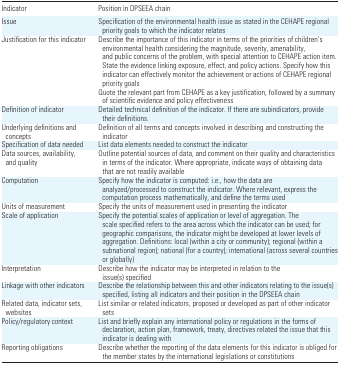
<table><thead><tr><td><b>Indicator</b></td><td><b>Position in DPSEEA chain</b></td></tr></thead><tbody><tr><td>Issue</td><td>Specification of the environmental health issue as stated in the CEHAPE regional priority goals to which the indicator relates</td></tr><tr><td>Justification for this indicator</td><td>Describe the importance of this indicator in terms of the priorities of children’s environmental health considering the magnitude, severity, amenability, and public concerns of the problem, with special attention to CEHAPE action item. State the evidence linking exposure, effect, and policy actions. Specify how this indicator can effectively monitor the achievement or actions of CEHAPE regional priority goalsQuote the relevant part from CEHAPE as a key justification, followed by a summary of scientific evidence and policy effectiveness</td></tr><tr><td>Definition of indicator</td><td>Detailed technical definition of the indicator. If there are subindicators, provide their definitions.</td></tr><tr><td>Underlying definitions and concepts</td><td>Definition of all terms and concepts involved in describing and constructing the indicator</td></tr><tr><td>Specification of data needed</td><td>List data elements needed to construct the indicator</td></tr><tr><td>Data sources, availability, and quality</td><td>Outline potential sources of data, and comment on their quality and characteristics in terms of the indicator. Where appropriate, indicate ways of obtaining data that are not readily available</td></tr><tr><td>Computation</td><td>Specify how the indicator is computed: i.e., how the data are analyzed/processed to construct the indicator. Where relevant, express the computation process mathematically, and define the terms used</td></tr><tr><td>Units of measurement</td><td>Specify the units of measurement used in presenting the indicator</td></tr><tr><td>Scale of application</td><td>Specify the potential scales of application or level of aggregation. The scale specified refers to the area across which the indicator can be used; for geographic comparisons, the indicator might be developed at lower levels of aggregation. Definitions: local (within a city or community); regional (within a subnational region); national (for a country); international (across several countries or globally)</td></tr><tr><td>Interpretation</td><td>Describe how the indicator may be interpreted in relation to the issue(s) specified</td></tr><tr><td>Linkage with other indicators</td><td>Describe the relationship between this and other indicators relating to the issue(s) specified, listing all indicators and their position in the DPSEEA chain</td></tr><tr><td>Related data, indicator sets, websites</td><td>List similar or related indicators, proposed or developed as part of other indicator sets</td></tr><tr><td>Policy/regulatory context</td><td>List and briefly explain any international policy or regulations in the forms of declaration, action plan, framework, treaty, directives related the issue that this indicator is dealing with</td></tr><tr><td>Reporting obligations</td><td>Describe whether the reporting of the data elements for this indicator is obliged for the member states by the international legislations or constitutions</td></tr></tbody></table>